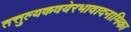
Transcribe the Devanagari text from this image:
तत्तुल्यकवयेरभावादनामिका